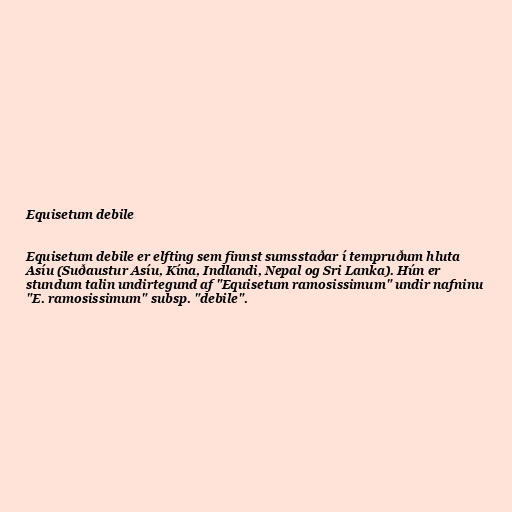
Equisetum debile

Equisetum debile er elfting sem finnst sumsstaðar í tempruðum hluta
Asíu (Suðaustur Asíu, Kína, Indlandi, Nepal og Sri Lanka). Hún er
stundum talin undirtegund af "Equisetum ramosissimum" undir nafninu
"E. ramosissimum" subsp. "debile".